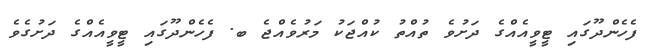
ފެހެންދޫގައި ޓީވީއެއްގެ ދަށުވެ ތުއްތު ކުއްޖަކު މަރުވެއްޖެ ބ. ފެހެންދޫގައި ޓީވީއެއްގެ ދަށުގެވެ